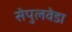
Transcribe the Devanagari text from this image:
सेपुलवेडा